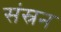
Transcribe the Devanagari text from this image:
संस्रन